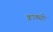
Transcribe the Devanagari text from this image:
क्राक्सी